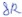
Text: 8R